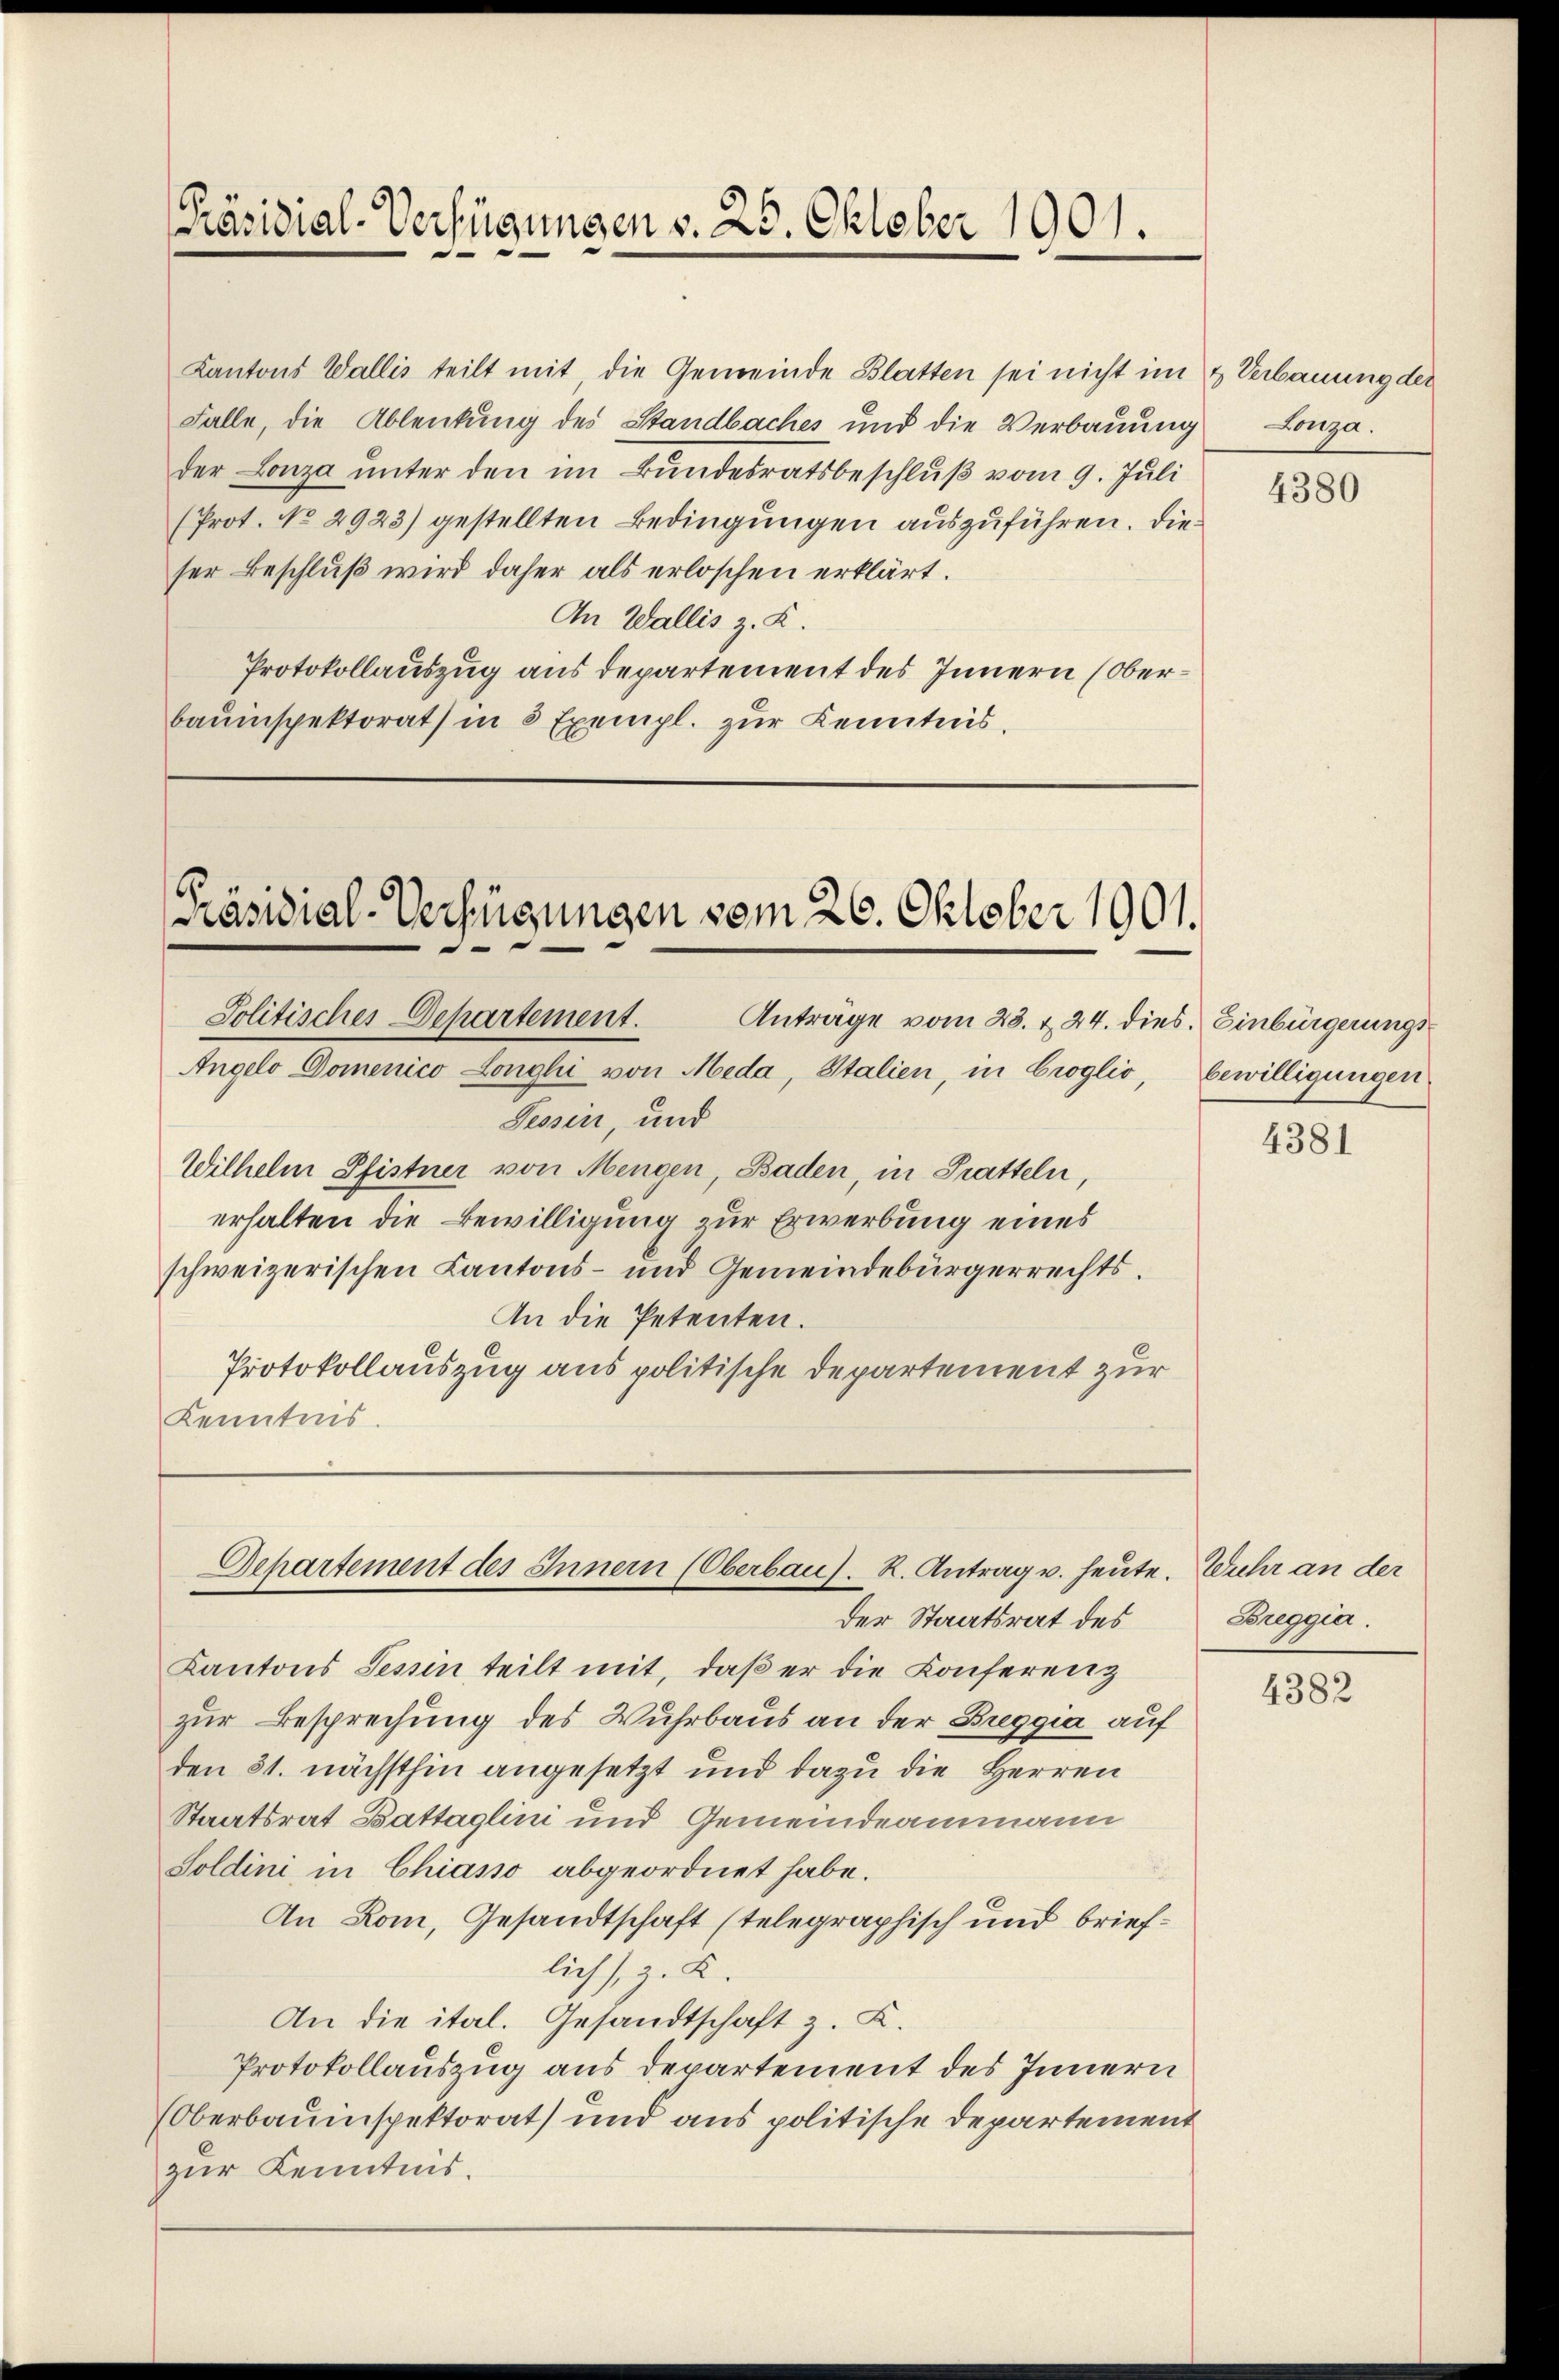
Kantons Wallis teilt mit, die Gemeinde Blatten sei nicht im
Falle, die Ablenkung des Standbaches und die Verbauung
der Lonza unter den im Bundesratsbeschluß vom 9. Juli
(Prot. No 2923) gestellten Bedingungen auszuführen. Die
ser Beschluß wird daher als erloschen erklärt.
An Wallis z. K.
Protokollauszug aus departement des Innern (Oberbauinspektorat in 3 Exempl. zur Kenntnis.

Präsidial-Verfügungen v. 25. Oktober 1901.

Präsidial-Verfügungen vom 26. Oktober 1901.
Politisches Departement.
Anträge vom 28. v. 24. dies. Einbürgerungs

Angelo Domenico Longhi von Meda, Italien, in Croglio,
Tessin, und
Wilhelm Pfistner von Mengen, Baden, in Pratteln,
erhalten die Bewilligung zur Erwerbung eines
schweizerischen Kantons- und Gemeindebürgerrechts
An die Petenten.
Protokollauszug aus politische Departement zur
Kenntnis.

Separtement des Innern (Oberbau). R. Antrag u. heute. Wuhr an der
der Staatsrat des

Kantons Tessin teilt mit, daβ er die Konferenz
zur Besprechung des Wuhrbaus an der Breggia auf
den 31. nächsthin angesetzt und dazu die Herren
Staatsrat Battaglini und Gemeindeammann
Soldini, in Chiasso abgeordnet habe.
An Rom, Gesandtschaft stelegraphisch und brieflich, z. K.
An die ital. Gesandtschaft z. K.
Protokollauszug aus Departement des Innern
(Oberbauinspektorat und aus politische Departement
zur Kenntnis.

& Verbauung der
Lonza.

4380

bewilligungen.

4381

Breggia.

4382